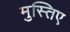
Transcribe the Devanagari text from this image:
मुस्तिए